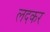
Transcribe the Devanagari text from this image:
लदकर